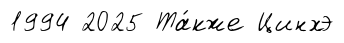
1994 2025 Та́кже Цинхэ